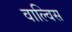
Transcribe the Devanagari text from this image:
वाल्विस